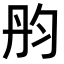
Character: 𠣝